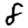
Digit: 8